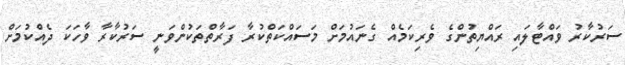
ސަރުކާރު ވައްޓާލައި ރައްޔިތުންގެ ވެރިކަމެއް ގެނައުމަށް މަސައްކަތްކުރާ ފަރާތްތަކުންވަނީ ސަރުކާރާ ވާހަކަ ދެއްކުމަށް